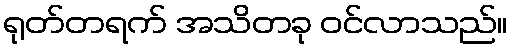
ရုတ်တရက် အသိတခု ဝင်လာသည်။